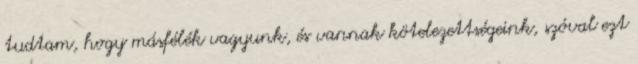
tudtam, hogy másfélék vagyunk, és vannak kötelezettségeink, szóval ezt